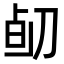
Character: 𠝅